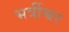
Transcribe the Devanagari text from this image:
भर्त्रीश्वर